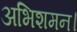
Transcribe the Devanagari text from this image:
अभिशमन।